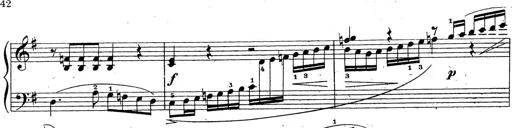
Title: 10 Sonatinas
Composer: Fritz Spindler